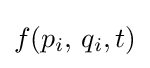
f(p_{i},\,q_{i},t)